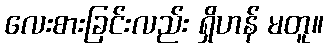
လေးစားခြင်းလည်း ရှိဟန် မတူ။